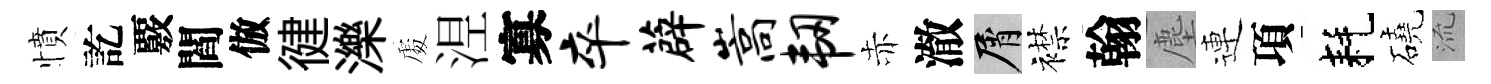
憤訖覈閻倣徤濼𠁅𣵀寡卒薜嵩韧赤澈屑襟翰塵連項耗磽𣴑